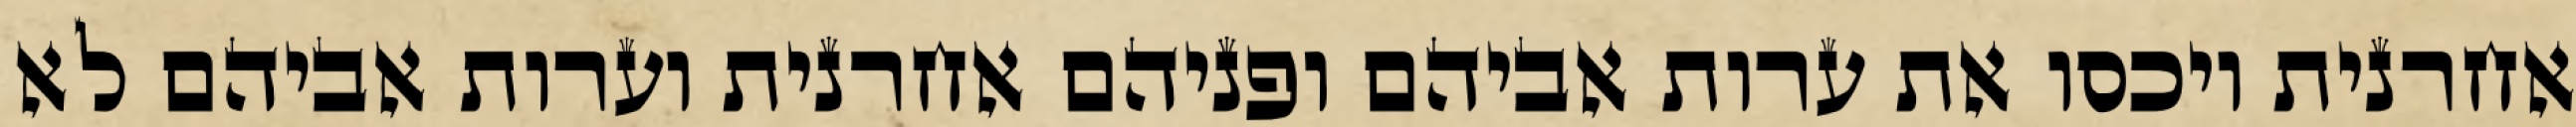
אחרנית ויכסו את ערות אביהם ופניהם אחרנית וערות אביהם לא